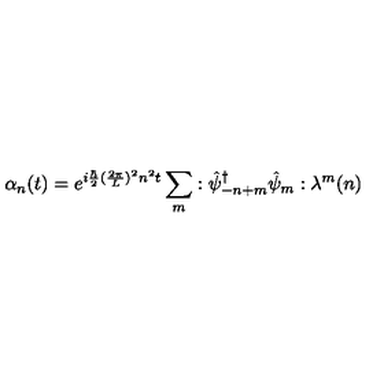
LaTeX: \alpha _ { n } ( t ) = e ^ { i { \frac { \hbar } { 2 } } ( { \frac { 2 \pi } { L } } ) ^ { 2 } n ^ { 2 } t } \sum _ { m } : { \hat { \psi } _ { - n + m } } ^ { \dagger } \hat { \psi } _ { m } : \lambda ^ { m } ( n )